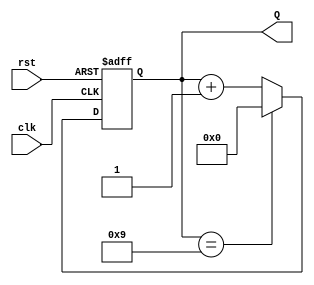
module decade_counter (
    input wire clk,       // Clock input
    input wire rst,       // Asynchronous reset input
    output reg [3:0] Q    // 4-bit output for the count
);

// Always block triggered on the rising edge of the clock or when reset is asserted
always @(posedge clk or posedge rst) begin
    if (rst) begin
        Q <= 4'b0000;    // Reset the count to 0
    end else begin
        if (Q == 4'b1001) begin
            Q <= 4'b0000; // Reset to 0 when count reaches 9
        end else begin
            Q <= Q + 1;   // Increment the count
        end
    end
end

endmodule